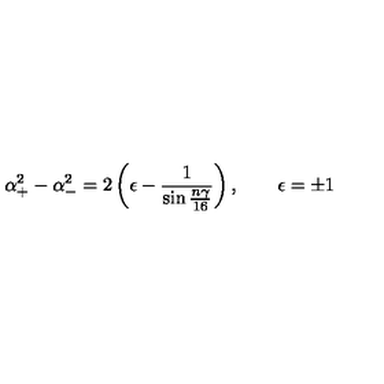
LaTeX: \alpha _ { + } ^ { 2 } - \alpha _ { - } ^ { 2 } = 2 \left( \epsilon - { \frac { 1 } { \sin { \frac { n \gamma } { 1 6 } } } } \right) , \quad \quad \epsilon = \pm 1